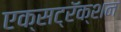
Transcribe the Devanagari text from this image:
एक्सट्रॅक्शन